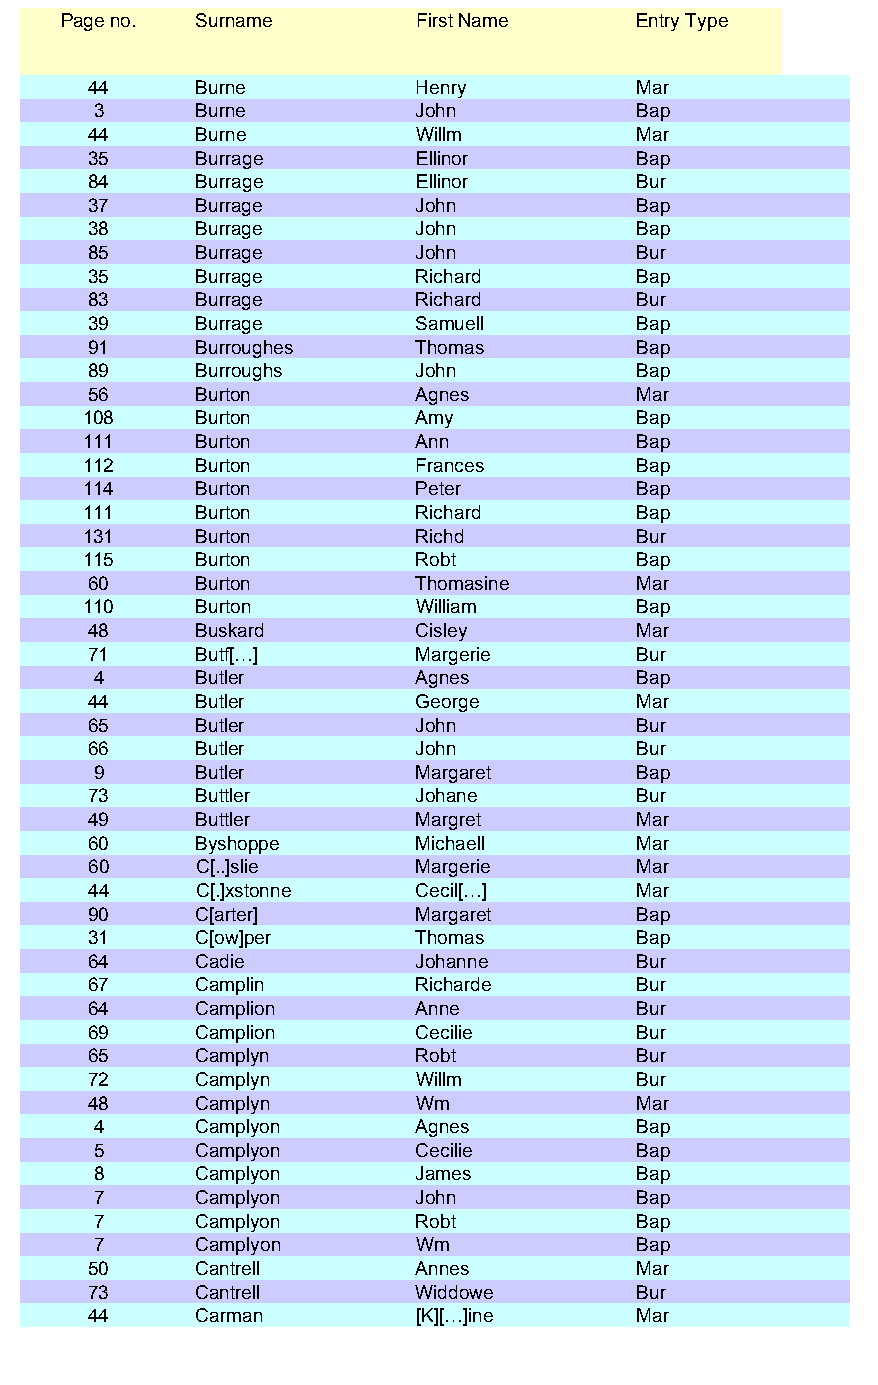
Page no. Surname        First Name    Entry Type
 44     Burne          Henry         Mar
 3     Burne          John          Bap
 44     Burne          Willm         Mar
 35     Burrage        Ellinor       Bap
 84     Burrage        Ellinor       Bur
 37     Burrage        John          Bap
 38     Burrage        John          Bap
 85     Burrage        John          Bur
 35     Burrage        Richard       Bap
 83     Burrage        Richard       Bur
 39     Burrage        Samuell       Bap
 91     Burroughes     Thomas        Bap
 89     Burroughs      John          Bap
 56     Burton         Agnes         Mar
 108    Burton         Amy           Bap
 111    Burton         Ann           Bap
 112    Burton         Frances       Bap
 114    Burton         Peter         Bap
 111    Burton         Richard       Bap
 131    Burton         Richd         Bur
 115    Burton         Robt          Bap
 60     Burton         Thomasine     Mar
 110    Burton         William       Bap
 48     Buskard        Cisley        Mar
 71     Butf[…]        Margerie      Bur
 4     Butler         Agnes         Bap
 44     Butler         George        Mar
 65     Butler         John          Bur
 66     Butler         John          Bur
 9     Butler         Margaret      Bap
 73     Buttler        Johane        Bur
 49     Buttler        Margret       Mar
 60     Byshoppe       Michaell      Mar
 60     C[..]slie      Margerie      Mar
 44     C[.]xstonne    Cecil[…]      Mar
 90     C[arter]       Margaret      Bap
 31     C[ow]per       Thomas        Bap
 64     Cadie          Johanne       Bur
 67     Camplin        Richarde      Bur
 64     Camplion       Anne          Bur
 69     Camplion       Cecilie       Bur
 65     Camplyn        Robt          Bur
 72     Camplyn        Willm         Bur
 48     Camplyn        Wm            Mar
 4     Camplyon       Agnes         Bap
 5     Camplyon       Cecilie       Bap
 8     Camplyon       James         Bap
 7     Camplyon       John          Bap
 7     Camplyon       Robt          Bap
 7     Camplyon       Wm            Bap
 50     Cantrell       Annes         Mar
 73     Cantrell       Widdowe       Bur
 44     Carman         [K][…]ine     Mar